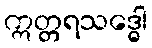
ဣတ္တရသဒ္ဓေါ